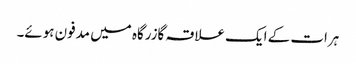
ہرات کے ایک علاقہ گازرگاہ میں مدفون ہوئے۔